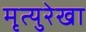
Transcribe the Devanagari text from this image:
मृत्युरेखा